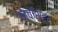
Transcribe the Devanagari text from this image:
नवाँशहर